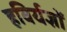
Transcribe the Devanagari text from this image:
हविर्यज्ञों